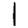
Digit: 1